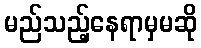
မည်သည့်နေရာမှမဆို